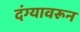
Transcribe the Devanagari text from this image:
दंग्यावरून